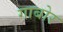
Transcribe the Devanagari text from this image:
गाबोर